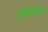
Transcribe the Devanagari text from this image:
आवसान